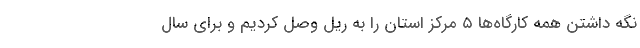
نگه داشتن همه کارگاه‌ها ٥ مرکز استان را به ریل وصل کردیم و برای سال